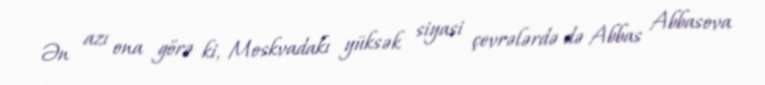
Ən azı ona görə ki, Moskvadakı yüksək siyasi çevrələrdə də Abbas Abbasova